Report of an investigation of the epidemic of malarial fever in Assam, or, kala-azar
Disease focus: Malaria
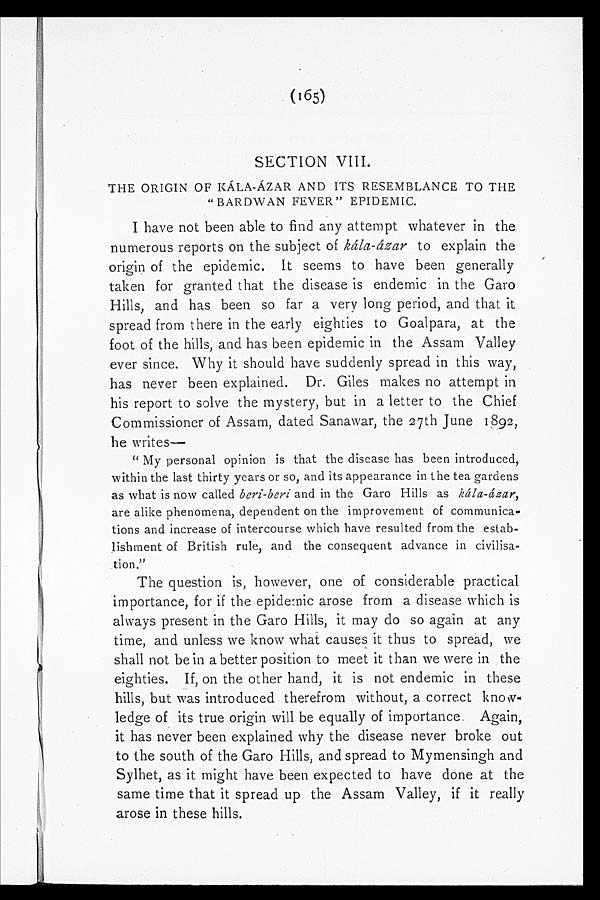
(165)
SECTION VIII.
THE ORIGIN OF KÁLA-ÁZAR AND ITS RESEMBLANCE TO THE
"BARDWAN FEVER" EPIDEMIC.
I have not been able to find any attempt whatever in the
numerous reports on the subject of kála-ázar to explain the
origin of the epidemic. It seems to have been generally
taken for granted that the disease is endemic in the Garo
Hills, and has been so far a very long period, and that it
spread from there in the early eighties to Goalpara, at the
foot of the hills, and has been epidemic in the Assam Valley
ever since. Why it should have suddenly spread in this way,
has never been explained. Dr. Giles makes no attempt in
his report to solve the mystery, but in a letter to the Chief
Commissioner of Assam, dated Sanawar, the 27th June 1892,
he writes
—
" My personal opinion is that the disease has been introduced,
within the last thirty years or so, and its appearance in the tea gardens
as what is now called beri-beri and in the Garo Hills as kála-ázar,
are alike phenomena, dependent on the improvement of communica-
tions and increase of intercourse which have resulted from the estab-
lishment of British rule, and the consequent advance in civilisa-
tion."
The question is, however, one of considerable practical
importance, for if the epidemic arose from a disease which is
always present in the Garo Hills, it may do so again at any
time, and unless we know what causes it thus to spread, we
shall not be in a better position to meet it than we were in the
eighties. If, on the other hand, it is not endemic in these
hills, but was introduced therefrom without, a correct know
-
ledge of its true origin will be equally of importance. Again,
it has never been explained why the disease never broke out
to the south of the Garo Hills, and spread to Mymensingh and
Sylhet, as it might have been expected to have done at the
same time that it spread up the Assam Valley, if it really
arose in these hills.